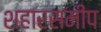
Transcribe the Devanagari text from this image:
शहारसमीप